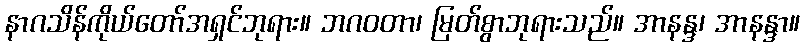
နာဂသိန်ကိုယ်တော်အရှင်ဘုရား။ ဘဂဝတာ၊ မြတ်စွာဘုရားသည်။ အာနန္ဒ၊ အာနန္ဒာ။